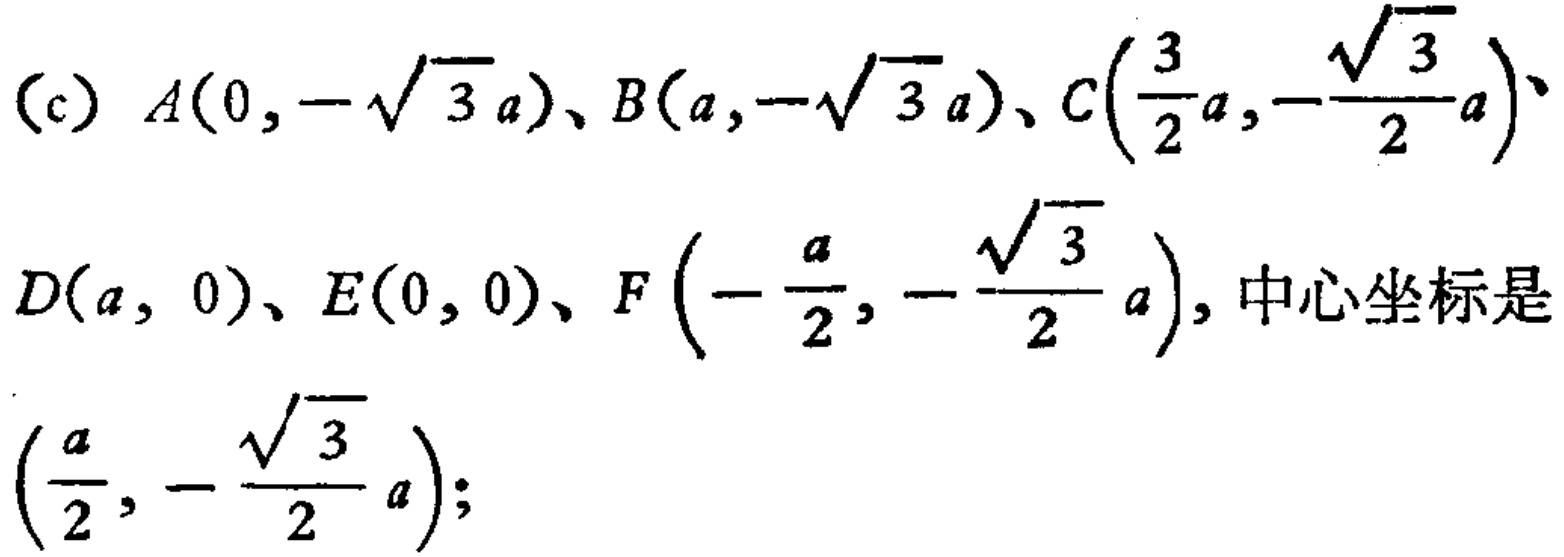
(c) \(A(0,-\sqrt{3}a)\)、\(B(a,-\sqrt{3}a)\)、\(C(\frac{3}{2}a,-\frac{\sqrt{3}}{2}a)\)、\(D(a,0)\)、\(E(0,0)\)、\(F(-\frac{a}{2},-\frac{\sqrt{3}}{2}a)\)，中心坐标是\((\frac{a}{2},-\frac{\sqrt{3}}{2}a)\)；